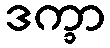
ဒက္ခာ